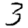
Digit: 3